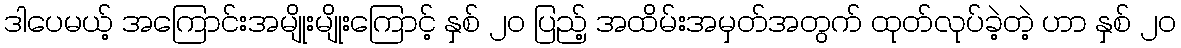
ဒါပေမယ့် အကြောင်းအမျိုးမျိုးကြောင့် နှစ် ၂၀ ပြည့် အထိမ်းအမှတ်အတွက် ထုတ်လုပ်ခဲ့တဲ့ ဟာ နှစ် ၂၀